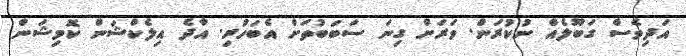
އަދިވެސް ގަބޫލެއް ނުކުރަން. ވަރަށް ގިނަ ސަބަބުތަށް އެބަހުރި. އާދެ އިލެކްޝަން ކޮމިޝަން